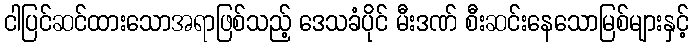
ငါပြင်ဆင်ထားသောအရာဖြစ်သည့် ဒေသခံပိုင် မီးဒဏ် စီးဆင်းနေသောမြစ်များနှင့်